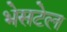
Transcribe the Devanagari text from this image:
भेसटेल